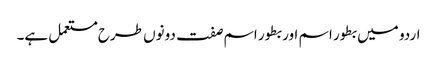
اردو میں بطور اسم اور بطور اسم صفت دونوں طرح مستعمل ہے۔